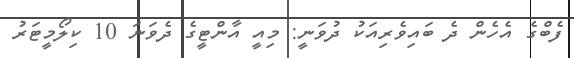
ފެބްގެ އެހެން ދެ ބައިވެރިއަކު ދުވަނީ: މިއީ އާންޓީގެ ދެވަނަ 10 ކިލޯމީޓަރު